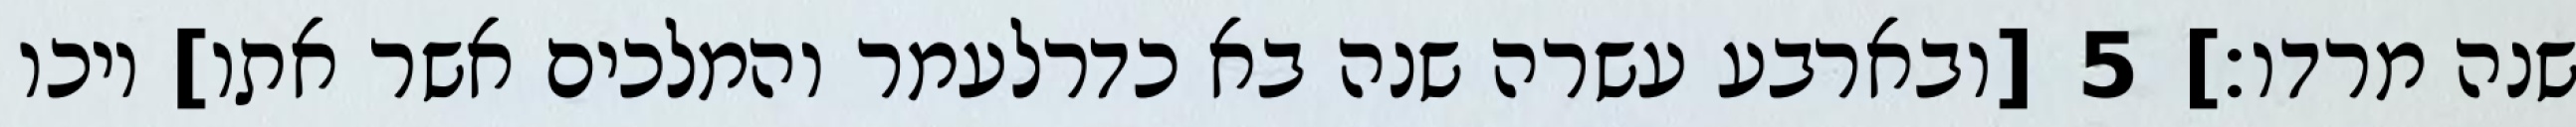
שנה מרדו׃] ‎5‏ [ובארבע עשרה שנה בא כדרלעמר והמלכים אשר אתו] ויכו